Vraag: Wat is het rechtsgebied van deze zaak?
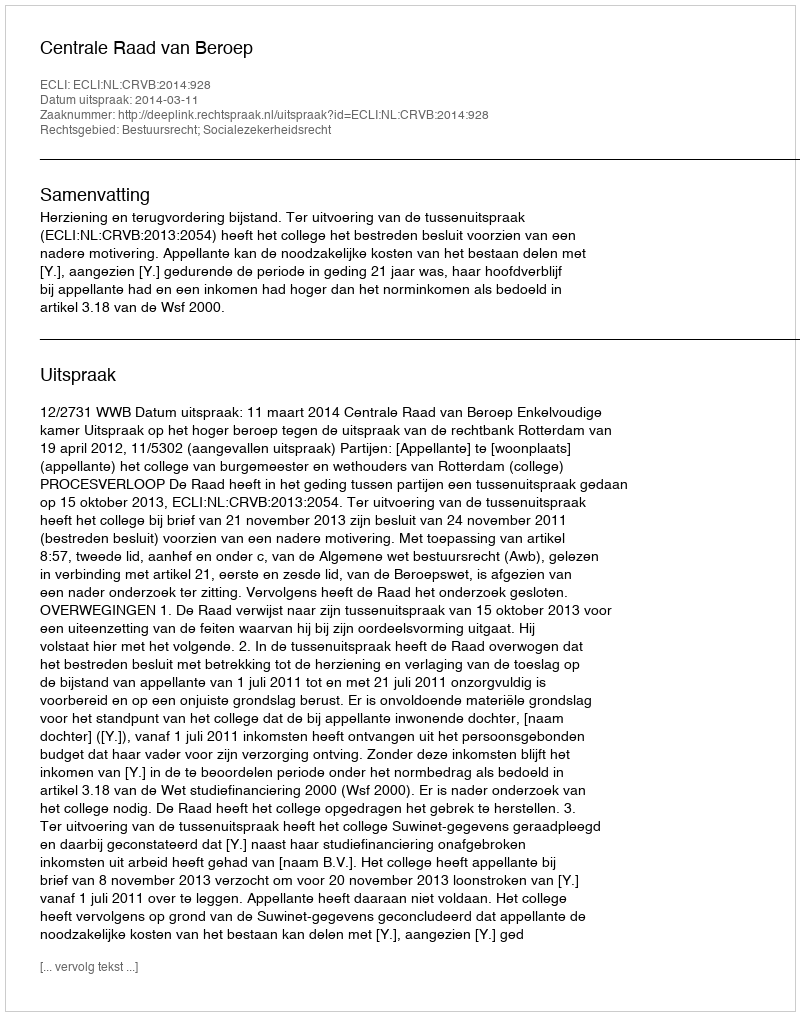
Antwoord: Bestuursrecht; Socialezekerheidsrecht